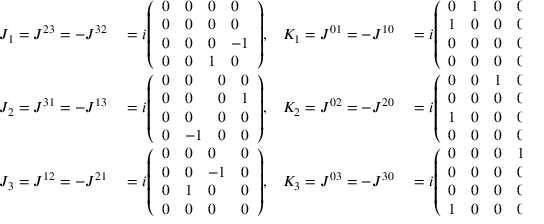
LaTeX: \begin{array} { r l r l } { J _ { 1 } = J ^ { 2 3 } = - J ^ { 3 2 } } & { { } = i { \left( \begin{array} { l l l l } { 0 } & { 0 } & { 0 } & { 0 } \\ { 0 } & { 0 } & { 0 } & { 0 } \\ { 0 } & { 0 } & { 0 } & { - 1 } \\ { 0 } & { 0 } & { 1 } & { 0 } \end{array} \right) } , } & { K _ { 1 } = J ^ { 0 1 } = - J ^ { 1 0 } } & { { } = i { \left( \begin{array} { l l l l } { 0 } & { 1 } & { 0 } & { 0 } \\ { 1 } & { 0 } & { 0 } & { 0 } \\ { 0 } & { 0 } & { 0 } & { 0 } \\ { 0 } & { 0 } & { 0 } & { 0 } \end{array} \right) } , } \\ { J _ { 2 } = J ^ { 3 1 } = - J ^ { 1 3 } } & { { } = i { \left( \begin{array} { l l l l } { 0 } & { 0 } & { 0 } & { 0 } \\ { 0 } & { 0 } & { 0 } & { 1 } \\ { 0 } & { 0 } & { 0 } & { 0 } \\ { 0 } & { - 1 } & { 0 } & { 0 } \end{array} \right) } , } & { K _ { 2 } = J ^ { 0 2 } = - J ^ { 2 0 } } & { { } = i { \left( \begin{array} { l l l l } { 0 } & { 0 } & { 1 } & { 0 } \\ { 0 } & { 0 } & { 0 } & { 0 } \\ { 1 } & { 0 } & { 0 } & { 0 } \\ { 0 } & { 0 } & { 0 } & { 0 } \end{array} \right) } , } \\ { J _ { 3 } = J ^ { 1 2 } = - J ^ { 2 1 } } & { { } = i { \left( \begin{array} { l l l l } { 0 } & { 0 } & { 0 } & { 0 } \\ { 0 } & { 0 } & { - 1 } & { 0 } \\ { 0 } & { 1 } & { 0 } & { 0 } \\ { 0 } & { 0 } & { 0 } & { 0 } \end{array} \right) } , } & { K _ { 3 } = J ^ { 0 3 } = - J ^ { 3 0 } } & { { } = i { \left( \begin{array} { l l l l } { 0 } & { 0 } & { 0 } & { 1 } \\ { 0 } & { 0 } & { 0 } & { 0 } \\ { 0 } & { 0 } & { 0 } & { 0 } \\ { 1 } & { 0 } & { 0 } & { 0 } \end{array} \right) } . } \end{array}